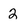
Character: 2